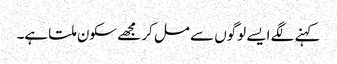
کہنے لگے ایسے لوگوں سے مل کر مجھے سکون ملتا ہے۔